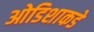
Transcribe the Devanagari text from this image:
ओडिशाकडे